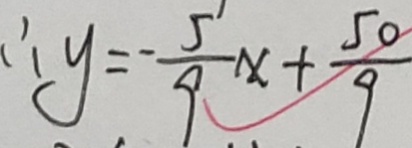
\therefore y = - \frac { 5 } { 9 } x + \frac { 5 0 } { 9 }